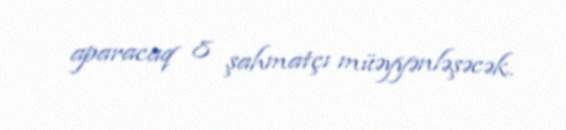
aparacaq 8 şahmatçı müəyyənləşəcək.